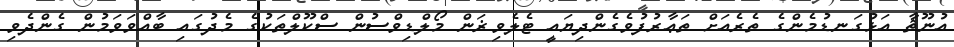
އުނޫޘާ އަޅުގަނޑުމެންގެ ތެރެއަށް ތަޢާރުފުވެގެންދިޔައީ ޓެލެވިޜަން މޯލްޑިވްސުން ސްކޫލްތަކުގެ މެދުގައި ބާއްވަވަމުން ގެންދެވި